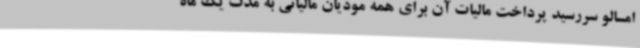
امسالو سررسید پرداخت مالیات آن برای همه مودیان مالیاتی به مدت یک ماه